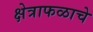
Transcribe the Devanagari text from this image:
क्षेत्राफळाचे